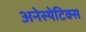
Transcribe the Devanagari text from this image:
अनेस्थेटिक्स